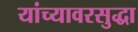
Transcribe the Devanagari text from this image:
यांच्यावरसुद्धा